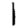
Digit: 1